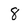
Character: 8